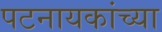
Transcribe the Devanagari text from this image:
पटनायकांच्या